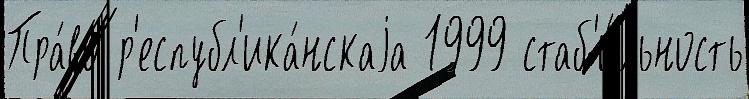
Пра́во р'еспубл'ика́нскаjа 1999 стаб'и́льность